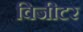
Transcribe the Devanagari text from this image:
विजीटर